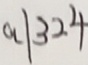
a \vert 3 2 4